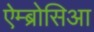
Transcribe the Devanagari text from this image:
ऐम्ब्रोसिआ